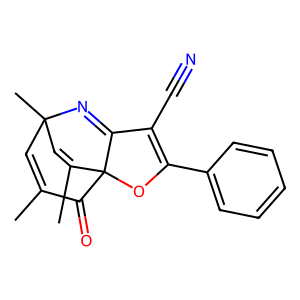
SMILES: CC1=CC2(C)C=C(C)C3(OC(c4ccccc4)=C(C#N)C3=N2)C1=O
Inhibits HIV replication: No